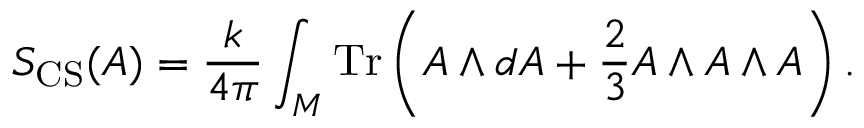
S _ { \mathrm { C S } } ( A ) = { \frac { k } { 4 \pi } } \int _ { \cal M } \mathrm { T r } \left( A \wedge d A + { \frac { 2 } { 3 } } A \wedge A \wedge A \right) .